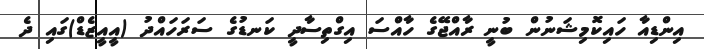
އިންޑިއާ ހައިކޮމިޝަނުން ބުނީ ރާއްޖޭގެ ހާއްސަ އިގްތިސާދީ ކަނޑުގެ ސަރަހައްދު (އީއީޒެޑް)ގައި ދެ